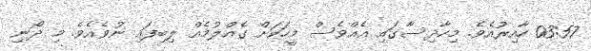
03:57 ހާއިރުއެވެ. މިހާދިސާގައި އެއްވެސް މީހަކަށް ގެއްލުމެއް ލިބިފައި ނުވެއެވެ. މި ދޯނި